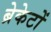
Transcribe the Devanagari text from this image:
ब्रेकेटों